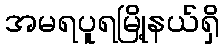
အမရပူရမြို့နယ်ရှိ